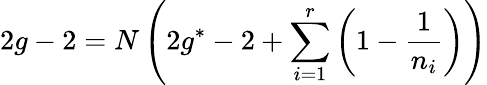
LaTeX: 2g-2=N\left(2g^{*}-2+\sum_{i=1}^{r}\left(1-\frac{1}{n_{i}}\right)\right)